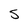
Character: S